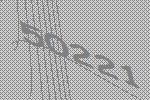
50221